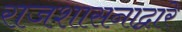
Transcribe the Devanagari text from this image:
राजशासनाद्वारे